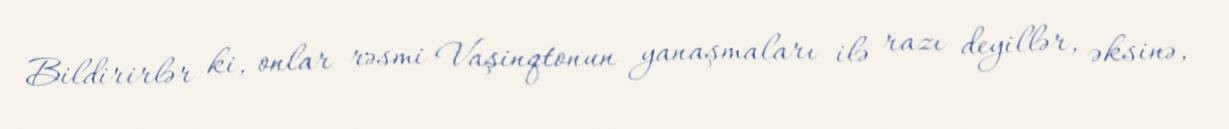
Bildirirlər ki, onlar rəsmi Vaşinqtonun yanaşmaları ilə razı deyillər, əksinə,